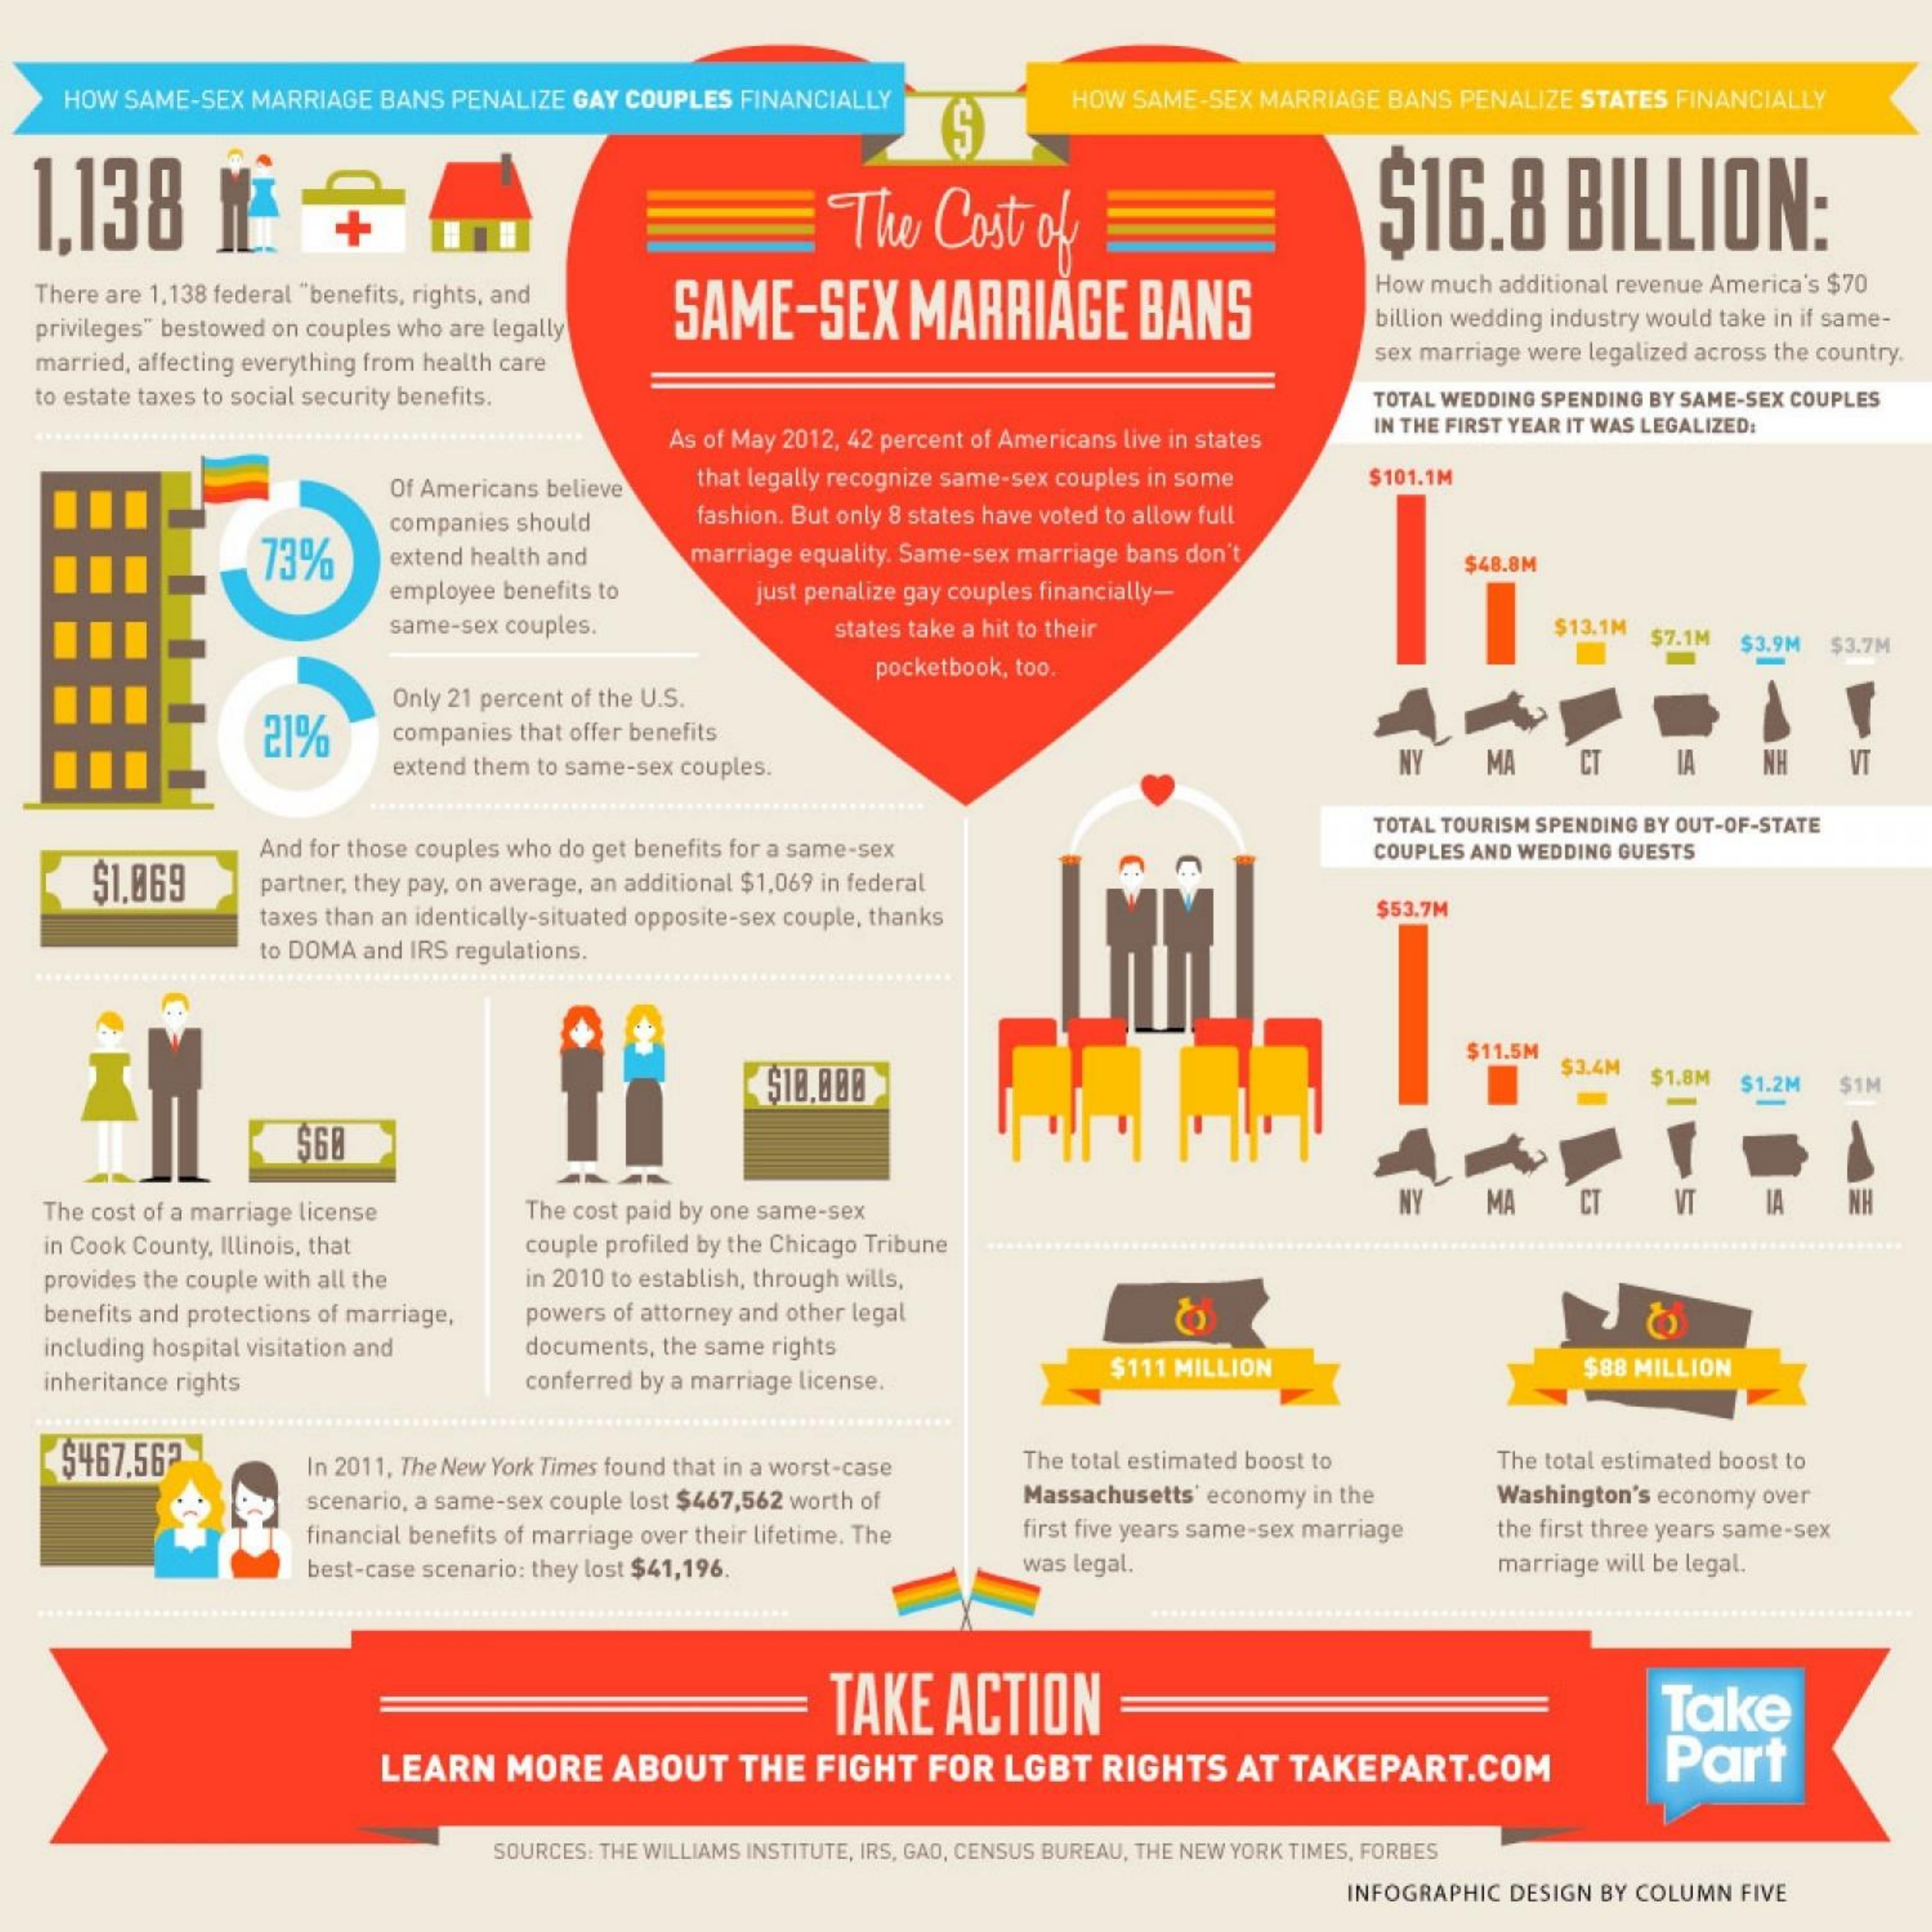
HOW SAME-SEX MARRIAGE BANS PENALIZE GAY COUPLES FINANCIALLY    HOW SAME-SEX MARRIAGE BANS PENALIZE STATES FINANCIALLY
  1,138    M*    +    The   Cost   of    $16.8    BILLION:
   There are 1,138 federal "benefits, rights, and
     SAME-SEX    MARRIAGE    BANS
     How much additional revenue America's $70
   privileges" bestowed on couples who are legally    billion wedding industry would take in if same-
   married, affecting everything from health care    sex marriage were legalized across the country.
   to estate taxes to social security benefits.    TOTAL WEDDING SPENDING BY SAME-SEX COUPLES
     As of May 2012, 42 percent of Americans live in states
     IN THE FIRST YEAR IT WAS LEGALIZED:
     Of Americans believe that legally recognize same-sex couples in some $101.1M
     companies should    fashion. But only 8 states have voted to allow full
     13%    extend health and   marriage equality. Same-sex marriage bans don't
     employee benefits to    just penalize gay couples financially-
     $48.8M
     same-sex couples.    states take a hit to their    $13.1M $7.1M
     pocketbook, too
     $3.9M $3.7M
     21%
     Only 21 percent of the U.S.
     companies that offer benefits
     extend them to same-sex couples.    MA    CT    IA    NH    VT
     $1.069
     And for those couples who do get benefits for a same-sex
     TOTAL TOURISM SPENDING BY OUT-OF-STATE
     COUPLES AND WEDDING GUESTS
     partner, they pay, on average, an additional $1,069 in federal
     taxes than an identically-situated opposite-sex couple, thanks    $53.7M
     to DOMA and IRS regulations.
     $18.888
     $11.5M
     $3.4M $1.8M  $1.2M $1M
     $68
   The cost of a marriage license   The cost paid by one same-sex    MA    VT
   in Cook County, Illinois, that   couple profiled by the Chicago Tribune
   provides the couple with all the in 2010 to establish, through wills,
   benefits and protections of marriage, powers of attorney and other legal
   including hospital visitation and documents, the same rights
   inheritance rights    conferred by a marriage license.
     $111 MILLION    $88 MILLION
    $467.56    In 2011, The New York Times found that in a worst-case The total estimated boost to The total estimated boost to
     scenario, a same-sex couple lost $467,562 worth of Massachusetts' economy in the Washington's economy over
     financial benefits of marriage over their lifetime. The first five years same-sex marriage the first three years same-sex
     best-case scenario: they lost $41,196.    was legal.    marriage will be legal.
     TAKE    ACTION    Take
     LEARN   MORE    ABOUT   THE  FIGHT   FOR  LGBT   RIGHTS   AT  TAKEPART.COM    Part
     SOURCES: THE WILLIAMS INSTITUTE, IRS, GAD, CENSUS BUREAU, THE NEW YORK TIMES, FORBES
     INFOGRAPHIC DESIGN BY COLUMN FIVE